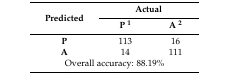
| <ROWSPAN=2> Predicted | <COLSPAN=2> Actual |
 | P 1 | A 2 |
 | --- | --- | --- |
 | P | 113 | 16 |
 | A | 14 | 111 |
 | <COLSPAN=3> Overall accuracy: 88.19% |